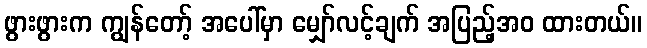
ဖွားဖွားက ကျွန်တော့် အပေါ်မှာ မျှော်လင့်ချက် အပြည့်အဝ ထားတယ်။